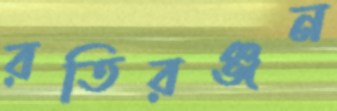
রতিরঞ্জন